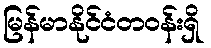
မြန်မာနိုင်ငံတဝန်းရှိ